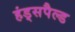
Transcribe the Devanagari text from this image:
हंड्सपैल्ड